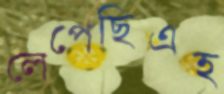
লেপেছিএহ